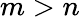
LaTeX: m>n